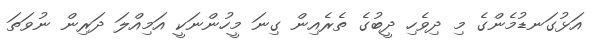
އަޅުގަނޑުމެންގެ މި ދިވެހި ދީބުގެ ތެރެއިން ގިނަ މީހުންނަކީ އަމިއްލަ ދަރިން ނުވަތަ